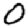
Digit: 0